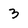
Character: 3